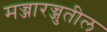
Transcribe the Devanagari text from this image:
मज्जारज्जुतील